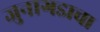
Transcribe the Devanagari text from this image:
जुनागडाचा